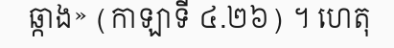
ឆ្កាង» (កាឡាទី ៤.២៦) ។ ហេតុ